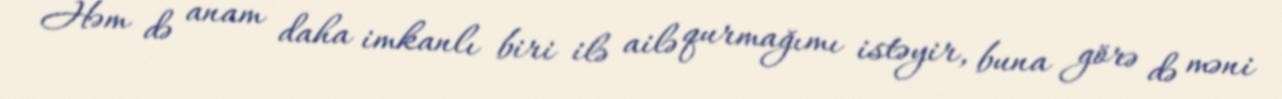
Həm də anam daha imkanlı biri ilə ailə qurmağımı istəyir, buna görə də məni